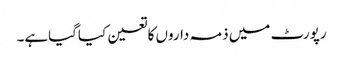
رپورٹ میں ذمہ داروں کاتعین کیاگیاہے۔